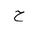
Letter: _ha